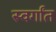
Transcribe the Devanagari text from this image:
स्वर्गांत